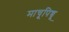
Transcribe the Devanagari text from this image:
माचूपिच्चू